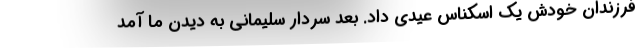
فرزندان خودش یک اسکناس عیدی داد. بعد سردار سلیمانی به دیدن ما آمد